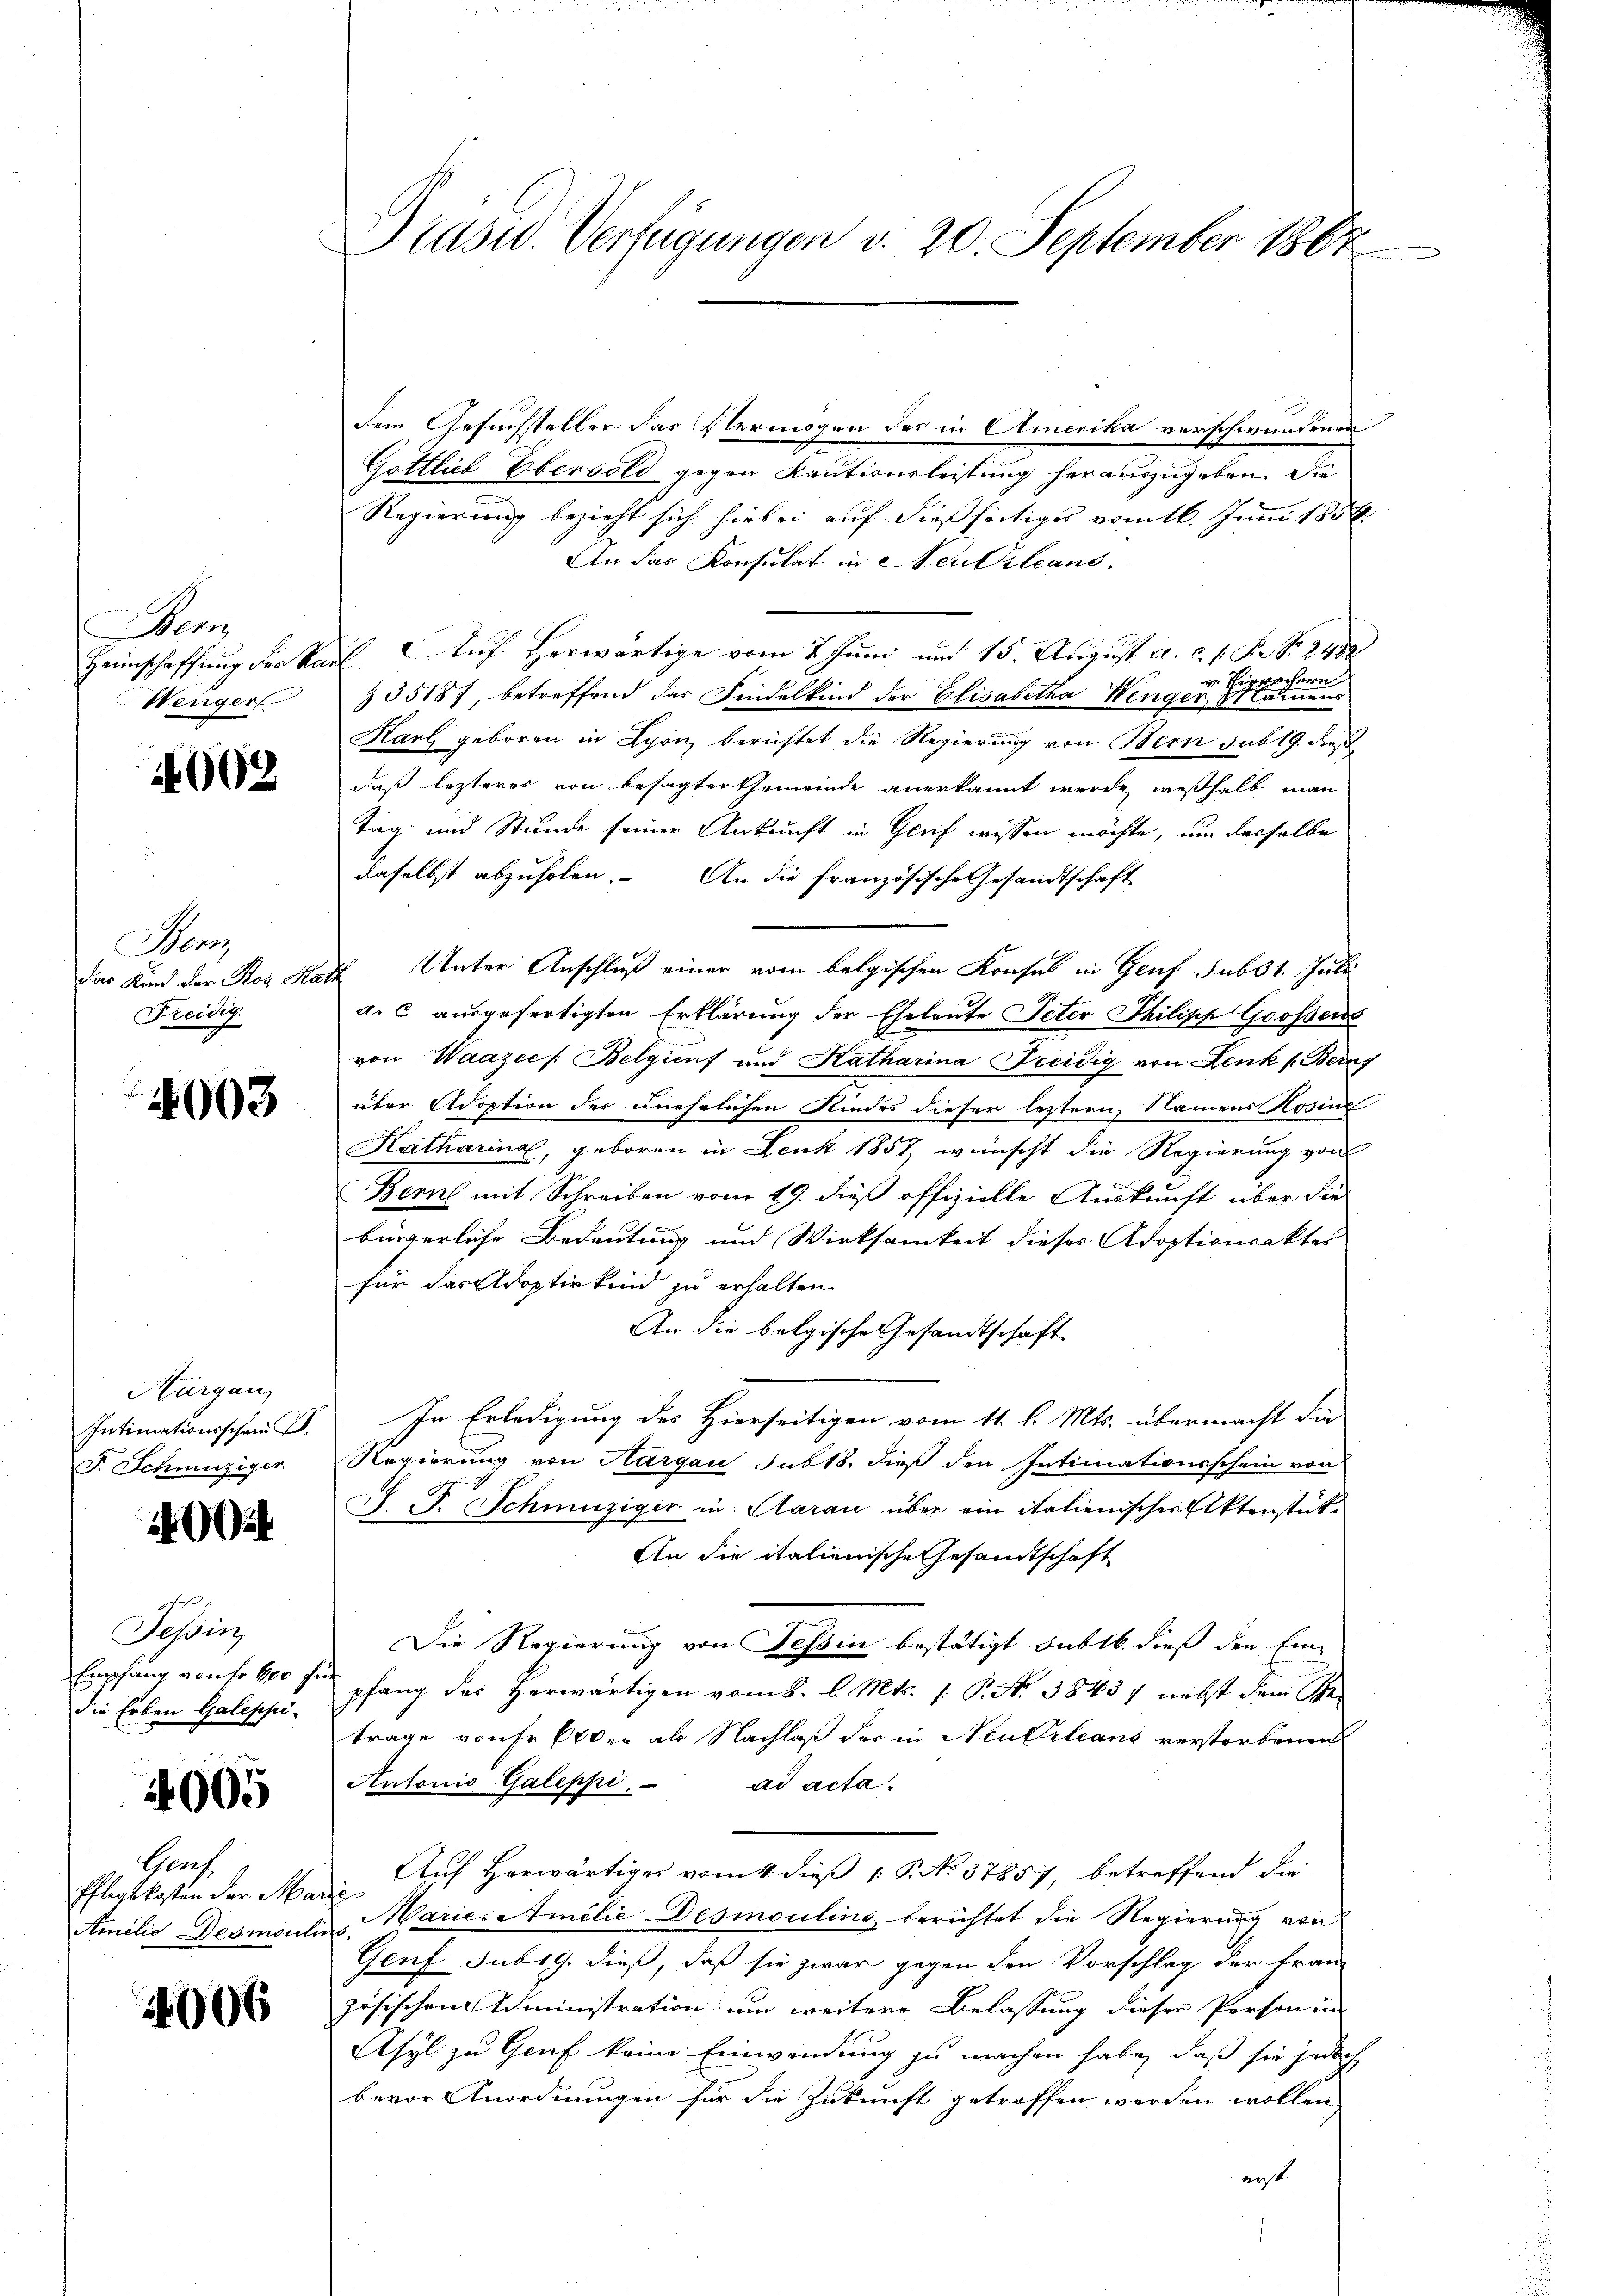
en
Weiger

002

Menz
das Kind der Ros Re
Freidig.

1003

Hurgau,
Intimationsschen S.
F. Schmutziger

0

off
Tessin
Empfang von fr. 100 für
die Erben Galeppi¬

4005

Genf
Pflegskosten der Mar
Amilie Desmouli

006

Präsid. Verfügungen d. 20. September 1807

dem Gesuchsteller das Vermögen des in Amerika verschwundenen
Gottlich-Obersold gegen Kautionsleistung herauszugeben. Die
Regierung bezieht sich hiebei auf dießseitiges vom 16. Juni 185 f
An das Konsulat in Neukleans
Heimschaffung der Karl. Auf Herwärtige vom 7. Juni und 15. August a. c. s. S. S. 2482
Sippachern
u
§ 35187, betreffend das Findelkind der Elisabetha Wenger Namens
Karl geboren in Lyon berichtet die Regierung von Bern sub 19. dies
daß lezteres von besagter Gemeinde anerkannt werde, weßhalb man
Tag und Stunde seiner Ankunft in Gruf wissen möchte, um dasselbe
daselbst abzuholen. An die französische Gesandtschaft
d Unter Anschluß einer vom belgischen Konsul in Genf sub 31. Juli
a. c. ausgefertigten Erklärung der Eheleute Peter Philipp Grossens
von Waazce /: Belginf und Katharina Treidig von Lenk (Berns
über Adoption der unehelichen Kindes dieser leztern, Namens Rosine
Katharina, geboren in Jenk 1857, wünscht die Regierung von
Bern mit Schreiben vom 19. dieß offizielle Auskunft über die
bürgerliche Bedeutung und Wirksamkeit dieses Adoptionsakter
für das Adoptivkind zu erhalten.
An die belgische Gesandtschaft
In Erledigung des Hierseitigen vom 11. l. Mts. übermacht die
Regierung von Aargau sub 18. dieß den Intimationsschein von
A F. Schmutziger in Aarau über ein italienischer Aktenstücke
An die italienische Gesandtschaft
Die Regierung von Tessin bestätigt subtb. dieß den Ein-
pfang des herwärtigen vom 8. l. Mts. 1 S. S. 3845) nebst dem Getrage raufe der ab Nachlaß der in Neukrleans verstorbenen
Antonio Galeppi
ad acta.
Auf herwärtiges vom 4. dieß P. No. 37857, betreffend die
iins Marie-Amilie Desmoulins, berichtet die Regierung von
Genf Jubig. dieß, daß sie zwar gegen den Vorschlag der fran-
zösischen Administration um weitere Belassung dieser Person in
Asyl zu Genf keine Einwendung zu machen habe, daß sie jedoch
bevor Anordnungen für die Zukunft getroffen werden wollen,
erst